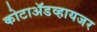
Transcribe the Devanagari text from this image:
कोटाॲडव्हायजर